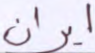
ايران